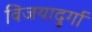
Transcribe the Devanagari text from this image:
विजयादुर्गा